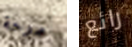
مرحة رائع